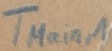
Text: TMain,1